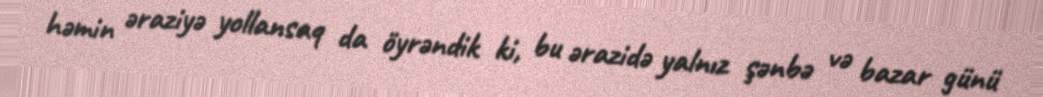
həmin əraziyə yollansaq da öyrəndik ki, bu ərazidə yalnız şənbə və bazar günü